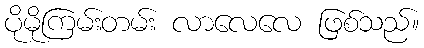
ပိုမိုကြမ်းတမ်း လာလေလေ ဖြစ်သည်။